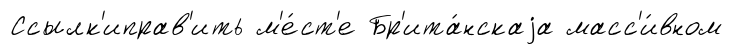
Ссылк'иправ'ить м'е́ст'е Бр'ита́нскаjа масс'и́вном